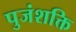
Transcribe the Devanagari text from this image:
पुजंशक्ति